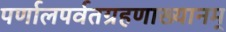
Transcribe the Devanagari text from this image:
पर्णालपर्वतग्रहणाख्यानम्